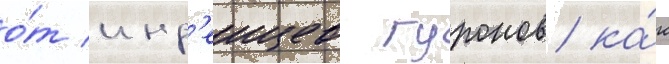
о́т инд'еицев гуронов ка́к